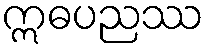
ဣဓပညဿ